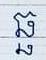
ឆ្ឆ